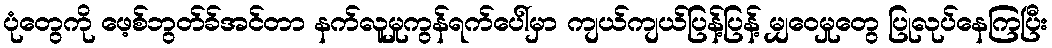
ပုံတွေကို ဖေ့စ်ဘွတ်ခ်အင်တာ နက်လူမှုကွန်ရက်ပေါ်မှာ ကျယ်ကျယ်ပြန့်ပြန့် မျှဝေမှုတွေ ပြုလုပ်နေကြပြီး